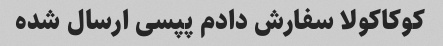
کوکاکولا سفارش دادم پپسی ارسال شده